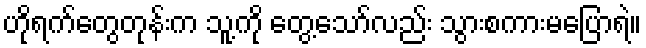
ဟိုရက်တွေတုန်းက သူ့ကို တွေ့သော်လည်း သွားစကားမပြောရဲ။